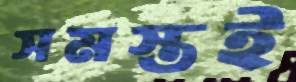
সমস্তই